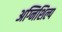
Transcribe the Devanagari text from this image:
अग्निशिल्प